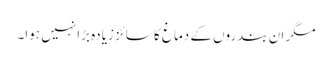
مگر ان بندروں کے دماغ کا سائز زیادہ بڑا نہیں ہوا۔